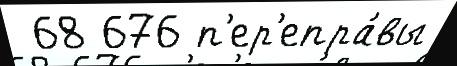
 68 676 п'ер'епра́вы